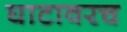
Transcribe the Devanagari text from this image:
घाटावरच